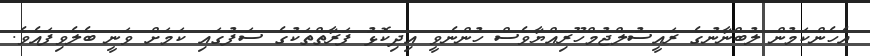
އެހެންކަމުން ލުބްނާނުގެ ރައީސުލްޖުމްހޫރިއްޔާވެސް ހުންނެވީ އިދިކޮޅު ފަރާތްތަކުގެ ސަފުގައި ކަމަށް ވަނީ ބެލެވިފައެވެ.